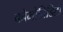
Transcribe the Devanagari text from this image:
कोमोब्रिडिटी